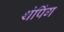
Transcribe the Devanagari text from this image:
थंपिंग